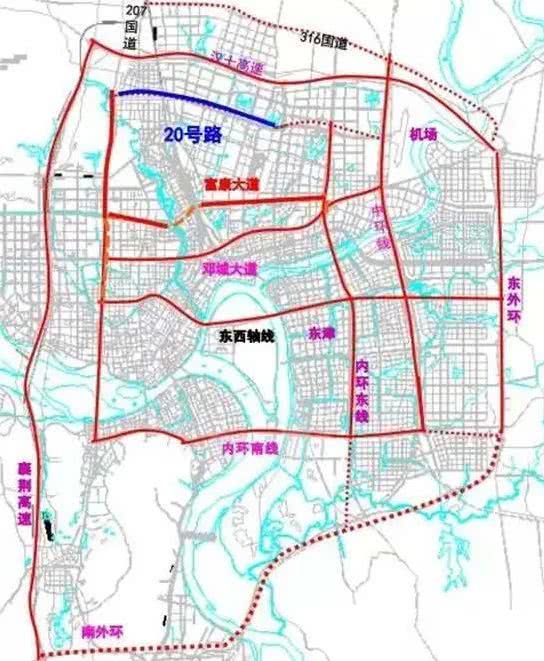
聚敛者，召寇肥敌亡国危身之道也。